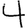
Digit: 4